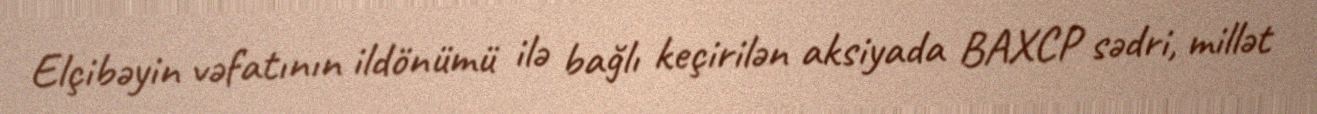
Elçibəyin vəfatının ildönümü ilə bağlı keçirilən aksiyada BAXCP sədri, millət